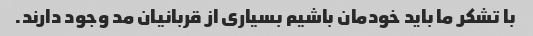
با تشکر ما باید خودمان باشیم بسیاری از قربانیان مد وجود دارند.